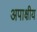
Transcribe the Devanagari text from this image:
अपाक्षीय